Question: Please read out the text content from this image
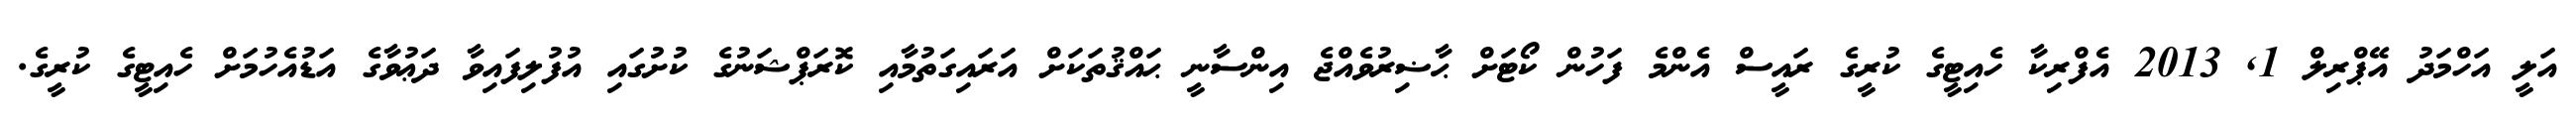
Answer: އަލީ އަހްމަދު އޭޕްރިލް 1, 2013 އެފްރިކާ ހެއިޓީގެ ކުރީގެ ރައީސް އެންމެ ފަހުން ކޯޓަށް ޙާޟިރުވެއްޖެ އިންސާނީ ޙައްޤުތަކަށް އަރައިގަތުމާއި ކޮރަޕްޝަނުގެ ކުށުގައި އުފުލިފައިވާ ދަޢުވާގެ އަޑުއެހުމަށް ހެއިޓީގެ ކުރީގެ.